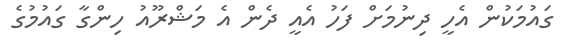
ގައުމަކުން އެހީ ދިނުމަށް ފަހު އެއީ ދެން އެ މަޝްރޫއު ހިންގާ ގައުމުގެ